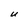
Character: U